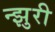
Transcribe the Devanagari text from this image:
न्झुरी